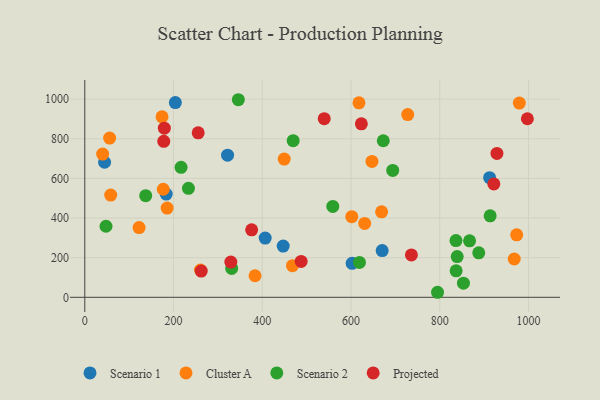
{"axis": {"x": "Price", "y": "Yield"}, "legend": ["Cluster A", "Projected", "Scenario 1", "Scenario 2"], "data": [{"x": "447.2", "y": 258.4, "type": "Scenario 1"}, {"x": "44.6", "y": 681.5, "type": "Scenario 1"}, {"x": "406.6", "y": 298.8, "type": "Scenario 1"}, {"x": "670.3", "y": 235.8, "type": "Scenario 1"}, {"x": "183.5", "y": 520.8, "type": "Scenario 1"}, {"x": "912.5", "y": 603.5, "type": "Scenario 1"}, {"x": "321.8", "y": 717.1, "type": "Scenario 1"}, {"x": "204.1", "y": 982.6, "type": "Scenario 1"}, {"x": "602.6", "y": 171.4, "type": "Scenario 1"}, {"x": "174.1", "y": 910.7, "type": "Cluster A"}, {"x": "122.4", "y": 351.7, "type": "Cluster A"}, {"x": "973.5", "y": 315.1, "type": "Cluster A"}, {"x": "601.8", "y": 406.7, "type": "Cluster A"}, {"x": "669.0", "y": 431.3, "type": "Cluster A"}, {"x": "630.9", "y": 372.8, "type": "Cluster A"}, {"x": "56.0", "y": 803.4, "type": "Cluster A"}, {"x": "383.7", "y": 108.7, "type": "Cluster A"}, {"x": "468.1", "y": 159.5, "type": "Cluster A"}, {"x": "647.3", "y": 685.5, "type": "Cluster A"}, {"x": "58.4", "y": 515.9, "type": "Cluster A"}, {"x": "727.9", "y": 922.1, "type": "Cluster A"}, {"x": "40.2", "y": 722.7, "type": "Cluster A"}, {"x": "176.9", "y": 545.4, "type": "Cluster A"}, {"x": "185.6", "y": 450.4, "type": "Cluster A"}, {"x": "260.8", "y": 137.6, "type": "Cluster A"}, {"x": "449.5", "y": 697.7, "type": "Cluster A"}, {"x": "618.0", "y": 981.6, "type": "Cluster A"}, {"x": "968.0", "y": 193.3, "type": "Cluster A"}, {"x": "979.5", "y": 980.4, "type": "Cluster A"}, {"x": "694.1", "y": 640.1, "type": "Scenario 2"}, {"x": "331.1", "y": 145.6, "type": "Scenario 2"}, {"x": "217.0", "y": 655.8, "type": "Scenario 2"}, {"x": "469.7", "y": 790.3, "type": "Scenario 2"}, {"x": "559.0", "y": 458.8, "type": "Scenario 2"}, {"x": "672.8", "y": 790.1, "type": "Scenario 2"}, {"x": "853.5", "y": 71.5, "type": "Scenario 2"}, {"x": "619.1", "y": 176.1, "type": "Scenario 2"}, {"x": "47.8", "y": 358.6, "type": "Scenario 2"}, {"x": "346.1", "y": 997.1, "type": "Scenario 2"}, {"x": "836.7", "y": 286.3, "type": "Scenario 2"}, {"x": "888.0", "y": 224.7, "type": "Scenario 2"}, {"x": "867.3", "y": 285.1, "type": "Scenario 2"}, {"x": "137.3", "y": 512.7, "type": "Scenario 2"}, {"x": "839.4", "y": 205.6, "type": "Scenario 2"}, {"x": "913.7", "y": 411.0, "type": "Scenario 2"}, {"x": "795.1", "y": 25.4, "type": "Scenario 2"}, {"x": "233.6", "y": 549.8, "type": "Scenario 2"}, {"x": "837.0", "y": 133.7, "type": "Scenario 2"}, {"x": "997.6", "y": 901.1, "type": "Projected"}, {"x": "922.0", "y": 572.0, "type": "Projected"}, {"x": "179.3", "y": 853.7, "type": "Projected"}, {"x": "262.5", "y": 132.6, "type": "Projected"}, {"x": "487.7", "y": 181.3, "type": "Projected"}, {"x": "623.4", "y": 875.3, "type": "Projected"}, {"x": "329.2", "y": 177.9, "type": "Projected"}, {"x": "376.1", "y": 340.6, "type": "Projected"}, {"x": "929.0", "y": 726.3, "type": "Projected"}, {"x": "736.2", "y": 213.7, "type": "Projected"}, {"x": "539.7", "y": 901.3, "type": "Projected"}, {"x": "178.0", "y": 787.0, "type": "Projected"}, {"x": "255.6", "y": 830.1, "type": "Projected"}]}